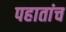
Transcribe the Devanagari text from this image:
पहातांच